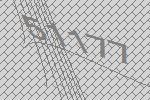
51177